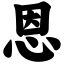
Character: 恩